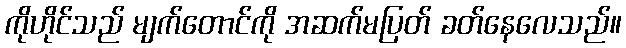
ကိုဟိုင်သည် မျက်တောင်ကို အဆက်မပြတ် ခတ်နေလေသည်။